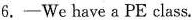
6.—We have a PE class.